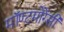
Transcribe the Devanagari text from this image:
मॉण्टमोरेंसी